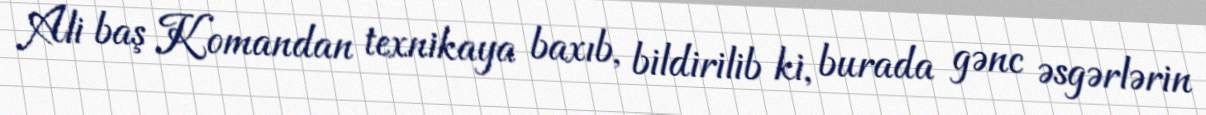
Ali baş Komandan texnikaya baxıb, bildirilib ki, burada gənc əsgərlərin